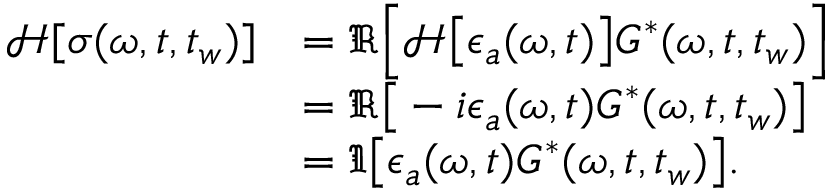
\begin{array} { r l } { \mathcal { H } [ \sigma ( \omega , t , t _ { w } ) ] } & { = \Re \Big [ \mathcal { H } \big [ \epsilon _ { a } ( \omega , t ) \big ] { G } ^ { * } ( \omega , t , t _ { w } ) \Big ] } \\ & { = \Re \big [ - i \epsilon _ { a } ( \omega , t ) { G } ^ { * } ( \omega , t , t _ { w } ) \big ] } \\ & { = \Im \big [ \epsilon _ { a } ( \omega , t ) { G } ^ { * } ( \omega , t , t _ { w } ) \big ] . } \end{array}